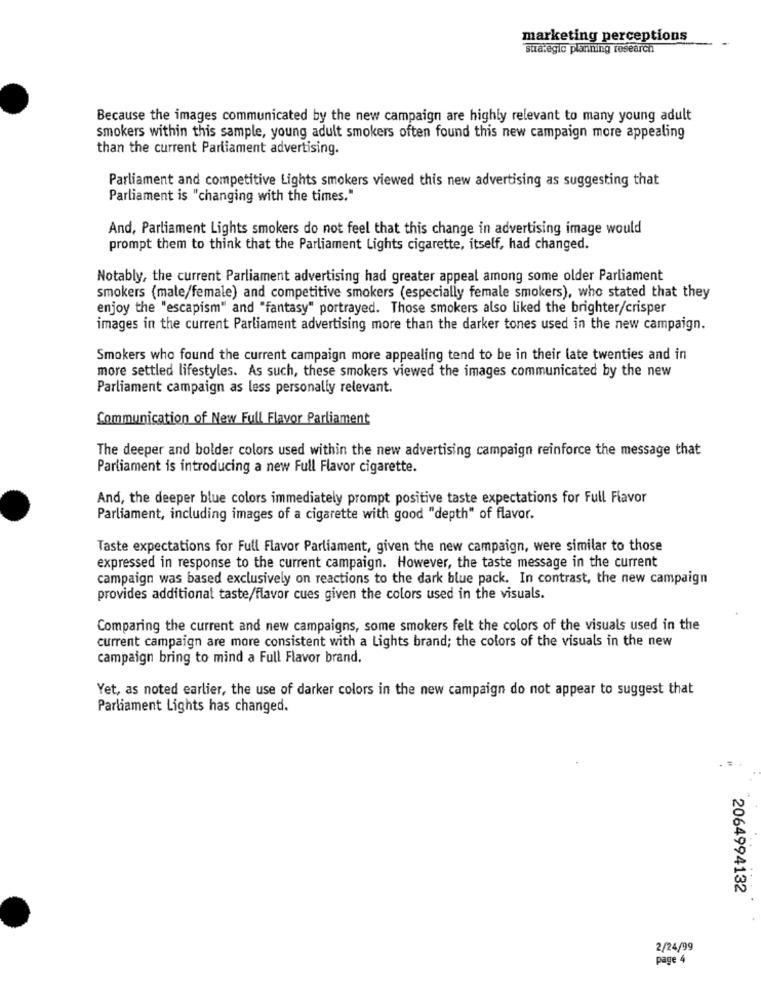
marketing perceptions
strategic planning research
Because the images communicated by the new campaign are highly relevant to many young adult
smokers within this sample, young adult smokers often found this new campaign more appealing
than the current Parliament advertising.
Parliament and competitive Lights smokers viewed this new advertising as suggesting that
Parliament is "changing with the times."
And, Parliament Lights smokers do not feel that this change in advertising image would
prompt them to think that the Parliament Lights cigarette, itself, had changed.
Notably, the current Parliament advertising had greater appeal among some older Parliament
smokers (male/female) and competitive smokers (especially female smokers), who stated that they
enjoy the "escapism" and "fantasy" portrayed. Those smokers also liked the brighter/crisper
images in the current Parliament advertising more than the darker tones used in the new campaign.
Smokers who found the current campaign more appealing tend to be in their late twenties and in
more settled lifestyles. As such, these smokers viewed the images communicated by the new
Parliament campaign as less personally relevant.
Communication of New Full Flavor Parliament
The deeper and bolder colors used within the new advertising campaign reinforce the message that
Parliament is introducing a new Full Flavor cigarette.
And, the deeper blue colors immediately prompt positive taste expectations for Full Flavor
Parliament, including images of a cigarette with good "depth" of flavor.
Taste expectations for Full Flavor Parliament, given the new campaign, were similar to those
expressed in response to the current campaign. However, the taste message in the current
campaign was based exclusively on reactions to the dark blue pack. In contrast, the new campaign
provides additional taste/flavor cues given the colors used in the visuals.
Comparing the current and new campaigns, some smokers felt the colors of the visuals used in the
current campaign are more consistent with a Lights brand; the colors of the visuals in the new
campaign bring to mind a Full Flavor brand.
Yet, as noted earlier, the use of darker colors in the new campaign do not appear to suggest that
Parliament Lights has changed.
..
2064994132
2/24/99
page 4